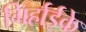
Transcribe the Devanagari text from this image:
गिर्हाईके